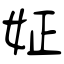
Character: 姃